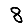
Digit: 8